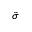
\tilde { \sigma }